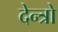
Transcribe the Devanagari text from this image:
देन्त्रो